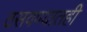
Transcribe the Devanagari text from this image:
ठसवण्यातही